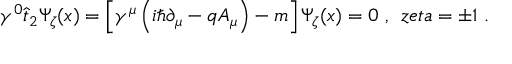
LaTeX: \gamma ^ { 0 } \hat { t } _ { 2 } \Psi _ { \zeta } ( x ) = \left[ \gamma ^ { \mu } \left( i \hbar \partial _ { \mu } - q A _ { \mu } \right) - m \right] \Psi _ { \zeta } ( x ) = 0 \, \, , \; \, z e t a = \pm 1 \, \, .